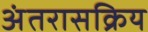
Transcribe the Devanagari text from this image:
अंतरासक्रिय